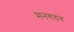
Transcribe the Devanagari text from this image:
मनगड़ंत